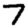
Digit: 7